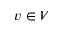
v \in V